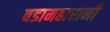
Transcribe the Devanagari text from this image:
बडामहारानी